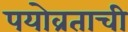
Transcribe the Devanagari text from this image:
पयोव्रताची